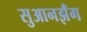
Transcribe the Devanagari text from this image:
सुआनझँग